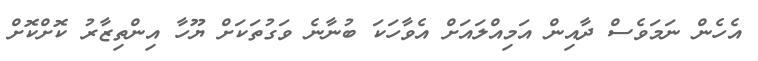
އެހެން ނަމަވެސް ދާއިން އަމިއްލައަށް އެވާހަކަ ބުނާނެ ވަގުތަކަށް ޔޫހާ އިންތިޒާރު ކޮށްކޮށް